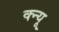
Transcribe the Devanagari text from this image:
क्न्यू